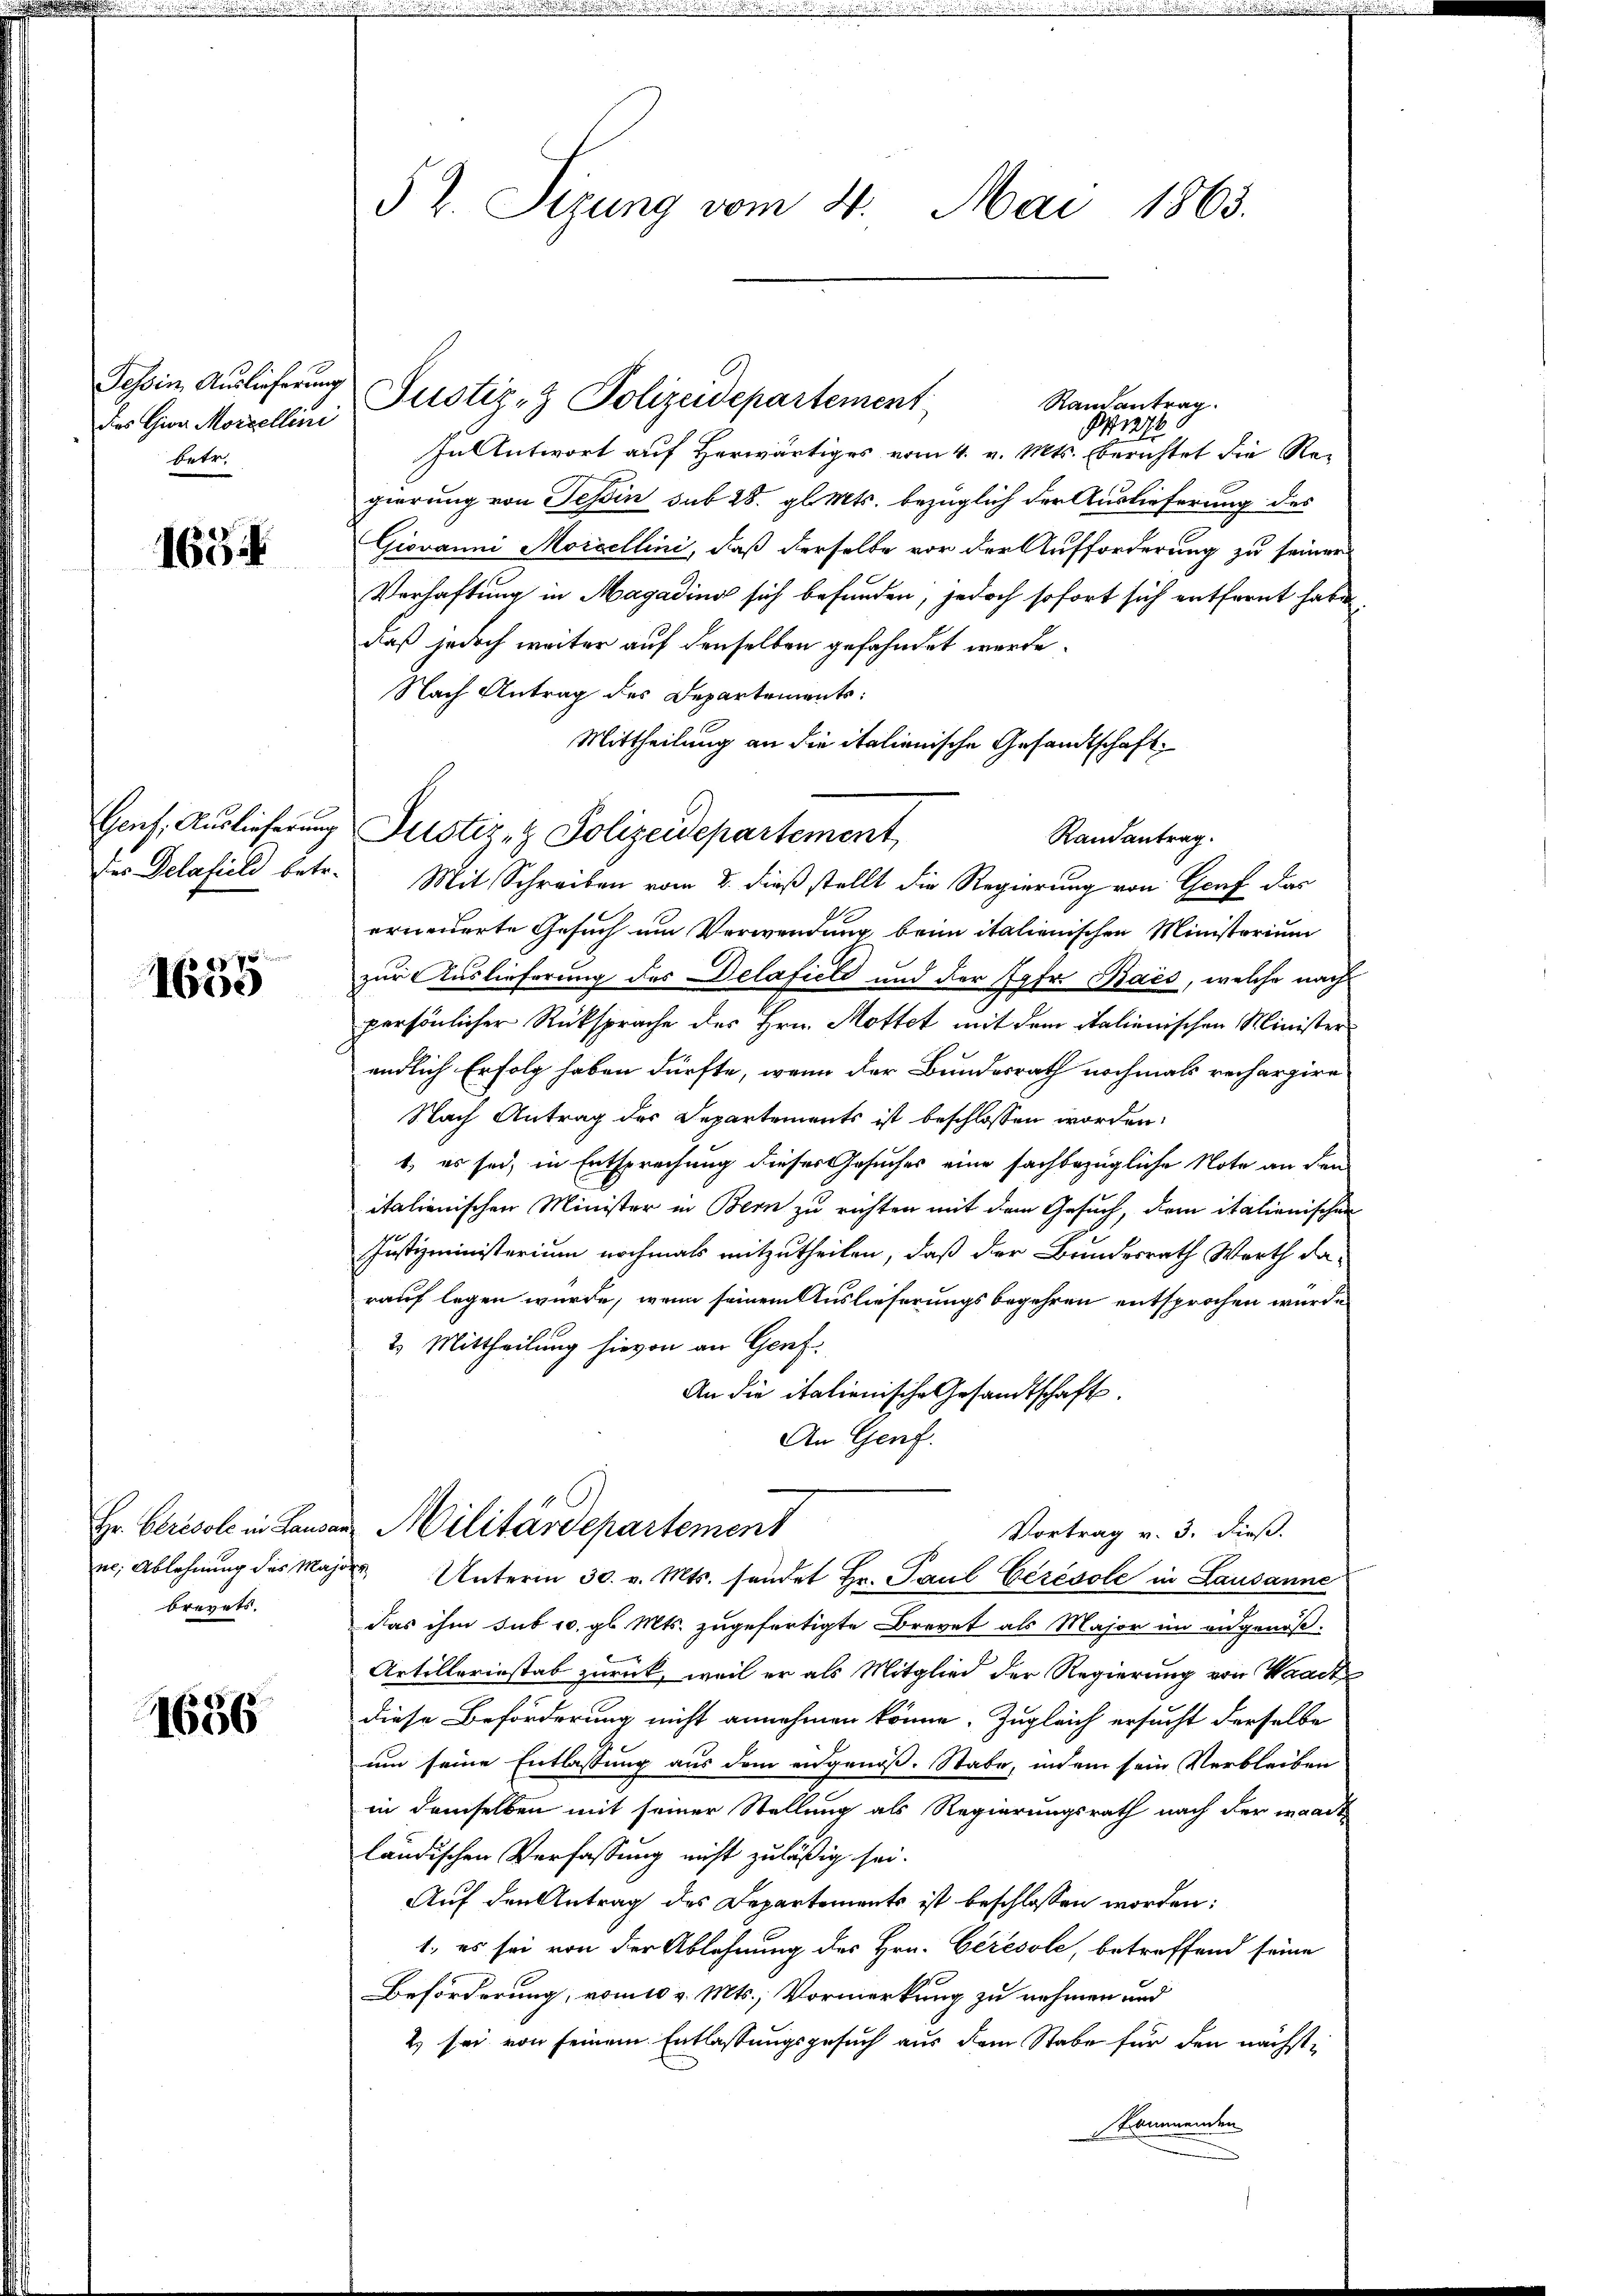
Tessin Auslieferung
des Gier Morzellini
betr.

163.

des Delafieli betr.

f 8 x
100

Hr. Chrisole in Lausa
ne. Ablehnung des Mabrevets.

1656

§ 2. Sizung vom 4. Mai 1863.

Randantrag.
1276.
In Antwort auf Herwärtiges vom 4. v. Mts. berichtet die Regierung von Tessin sub 28. gl. Mts. bezüglich der Auslieferung des
Giovanni Morcellini, daß derselbe vor der Aufforderung zu seiner
Verhaftung in Magading sich befunden, jedoch sofort sich entfernt habe,
daß jedoch weiter auf denselben gefahndet werde.
Nach Antrag des Departements:
Mittheilung an die italienische Gesandtschaft
Randantrag.
Mit Schreiben vom 8. dieß stellt die Regierung von Graf das
erneuerte Gesuch um Verwendung beim italienischen Ministorium
zur Auslieferung des Delafiele und der Jgfr. Bais, welche nach
persönlicher Rücksprache des Hrn. Mottet mit dem italienischen Ministerendlich Erfolg haben dürfte, wenn der Bundesrath nochmals rechargire
Nach Antrag des Departements ist beschlossen worden.
t, es sei, in Entsprechung dieses Gesuches eine sachbezügliche Note an den
italienischen Minister in Bern zu richten mit dem Gesuch, dem italienischen
Justizministerium nochmals mitzutheilen, daß der Bundesrath Werth da-
rauf legen wurde, wenn seinem Auslieferungsbegehren entsprochen würde.
2. Mittheilung hievon an Genf.
An die italienische Gesandtschaft.
An Genf.
 Militärdepartement
Vortrag v. 3. dieß.
öf
Unterm 30. v. Mts. sendet Hr. Paul Gérésole in Lausanne
das ihm sub 10. gl. Mts. zugefertigte Brevet als Major im angenoß¬
Artillerinstab zurück, weil er als Mitglied der Regierung von Waadt
diese Beförderung nicht annehmen könne. Zugleich ersucht derselbe
um seine Entlassung aus dem engenoß. Stabe, indem sein Verbleiben
in demselben mit seiner Stellung als Regierungsrath nach der waadt
ländischen Verfassung nicht zuläßig sei.
Auf den Antrag des Departements ist beschlossen worden:
1., es sei von der Ablehnung des Hrn. Cérésole, betreffend seine
Beförderung, vom 10 v. Mts., Vormerkung zu nehmen und
2) sei von seinem Entlassungsgesuch aus dem Stabe für den nächstskommenden

Justiz- & Polizeidepartement

Genf. Auslieferung Justiz- & Polizeidepartement,